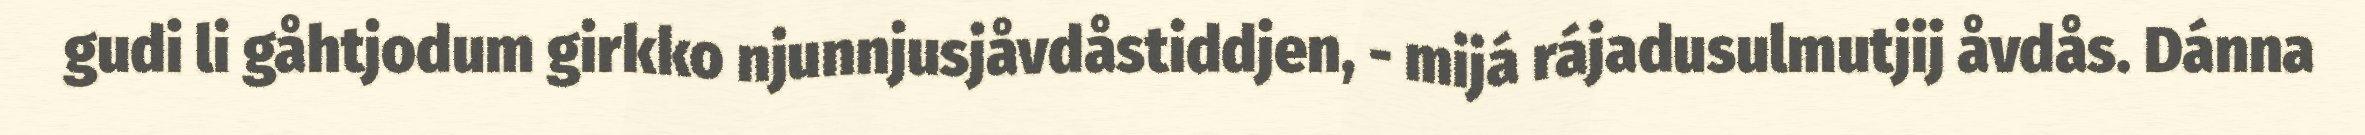
gudi li gåhtjodum girkko njunnjusjåvdåstiddjen, - mijá rájadusulmutjij åvdås. Dánna